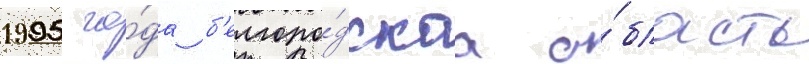
1995 го́да б'елгоро́дскаа о́бласть